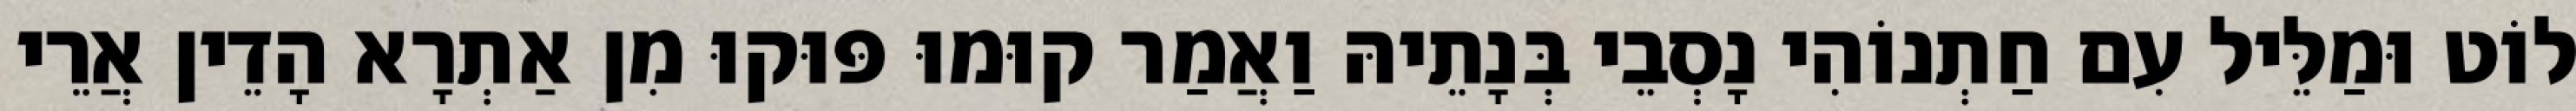
לוֹט וּמַלֵּיל עִם חַתְנוֹהִי נָסְבֵי בְּנָתֵיהּ וַאֲמַר קוּמוּ פּוּקוּ מִן אַתְרָא הָדֵין אֲרֵי